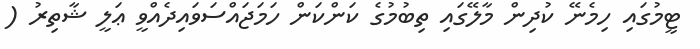
ޓީމުގައި ހިމެނޭ ކުދިން މާލޭގައި ތިބުމުގެ ކަންކަން ހަމަޖައްސަވައިދެއްވީ ޢަލީ ޝާތިރު (